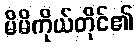
မိမိကိုယ်တိုင်၏